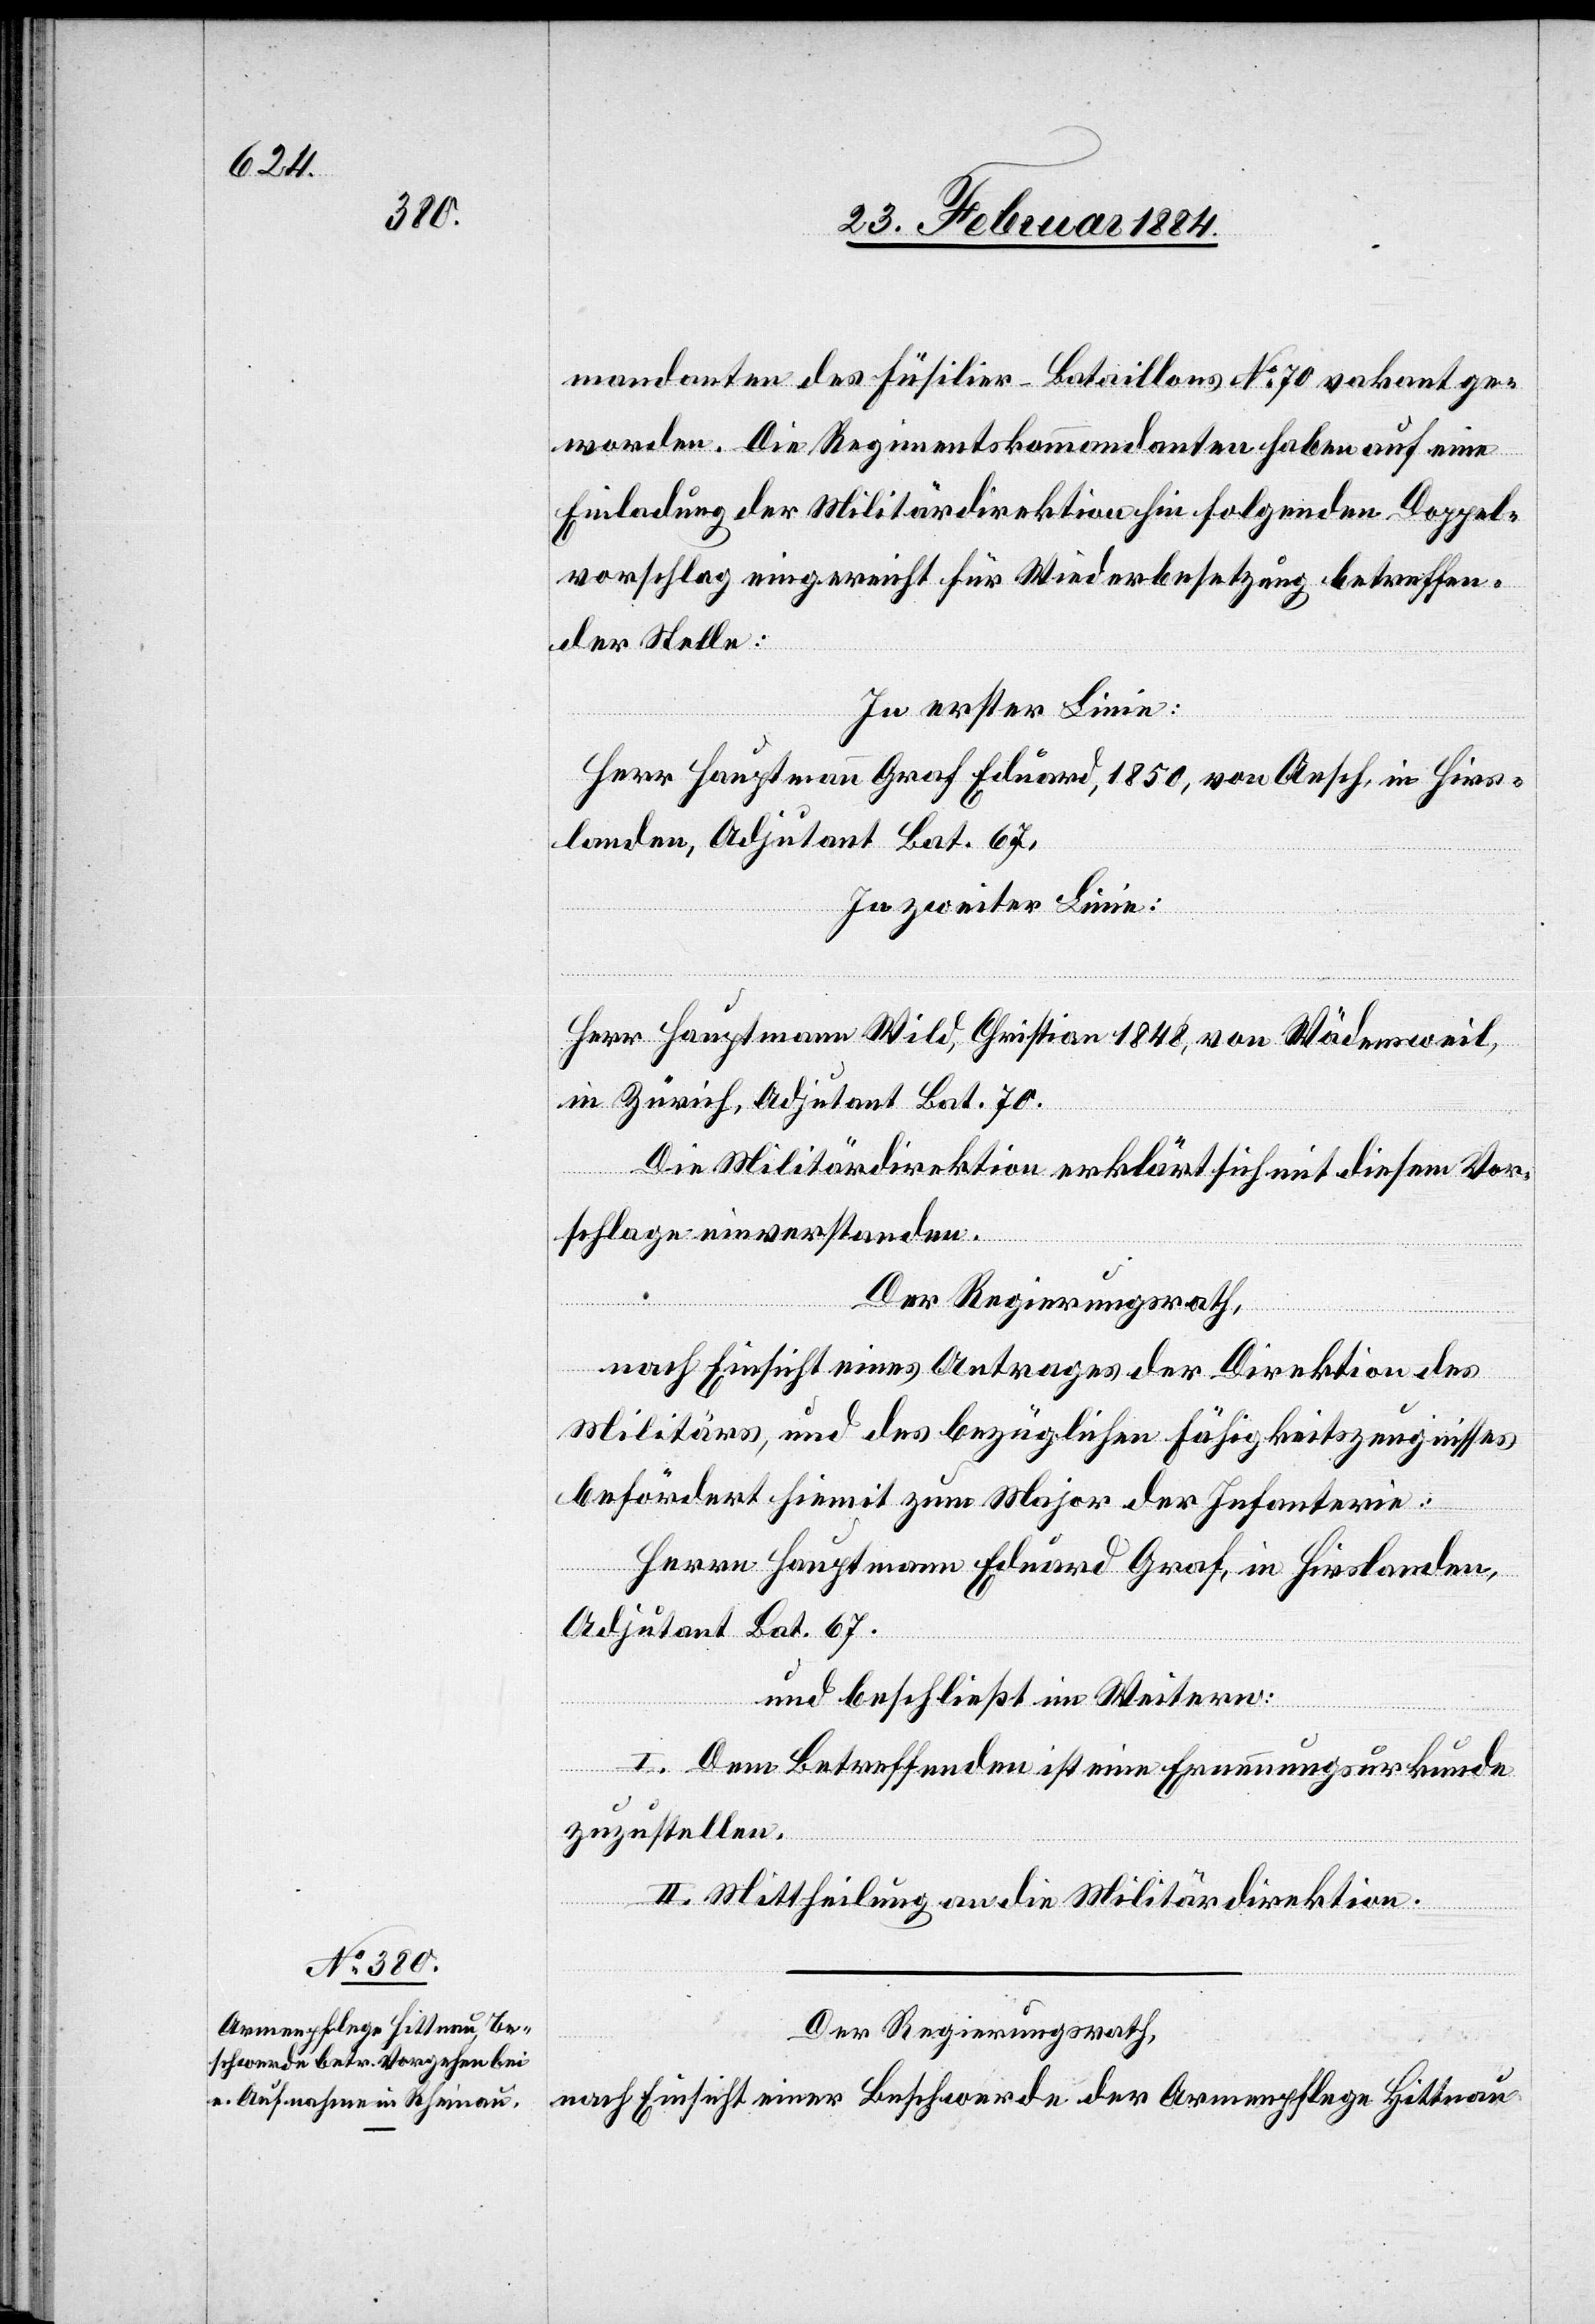
mandanten des Füsilier-Bataillons No 70 vakant ge¬
worden. Die Regimentskommandanten haben auf eine
Einladung der Militärdirektion hin folgenden Doppel¬
vorschlag eingereicht für Wiederbesetzung betreffen¬
der Stelle:
In Erster Linie:
Herr Hauptmann Graf Eduard 1850, von Aesch, in Hirs¬
landen, Adjutant Bat. 67,
In zweiter Linie:
Herr Hauptmann Wild, Christian, 1848, von Wädensweil,
in Zürich, Adjutant Bat. 70.
Die Militärdirektion erklärt sich mit diesem Vor¬
schlage einverstanden.
Der Regierungsrath,
nach Einsicht eines Antrages der Direktion des
Militärs, und des bezüglichen Fähigkeitszeugnisses
befördert hiemit zum Major der Infanterie:
Herr Hauptmann Eduard Graf, in Hirslanden,
Adjutant Bat. 67.
und beschließt im Weitern:
I. Dem Betreffenden ist eine Erneuerungsurkunde
zuzustellen.
II. Mittheilung an die Militärdirektion.
Der Regierungsrath,
nach Einsicht einer Beschwerde der Armenpflege Hittnau